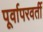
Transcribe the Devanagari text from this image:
पूर्वापरवर्ती